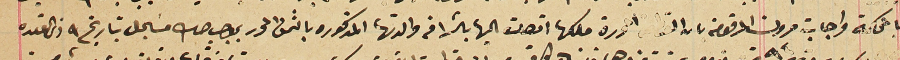
بالمحكمة واجابت مرون المرقومه بان القطعة المحررة ملكها اتصلت اليها بالشرا من والدتها المذكوره بالثمن المحرر بموجب صك مسجل بتاريخه ٩ ذى القعده